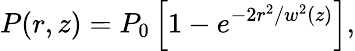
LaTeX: P(r,z)=P_{0}\left[1-e^{-2r^{2}/w^{2}(z)}\right],